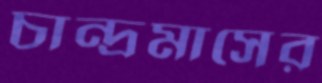
চান্দ্রমাসের